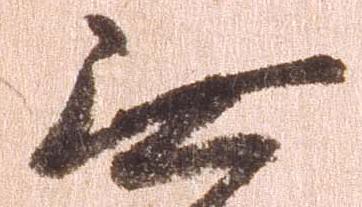
無